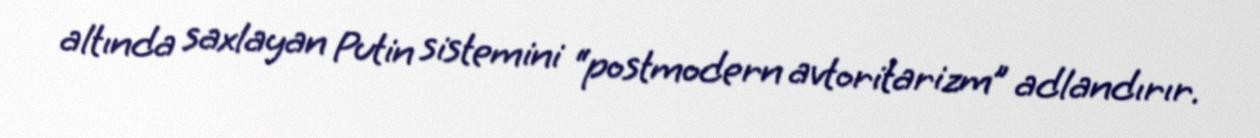
altında saxlayan Putin sistemini “postmodern avtoritarizm” adlandırır.